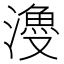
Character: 𣿡